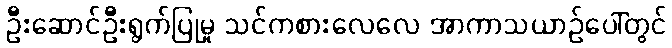
ဦးဆောင်ဦးရွက်ပြုမှု သင်ကစားလေလေ အာကာသယာဉ်ပေါ်တွင်